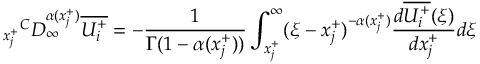
{ _ { x _ { j } ^ { + } } } ^ { C } D _ { \infty } ^ { \alpha ( x _ { j } ^ { + } ) } \overline { { U _ { i } ^ { + } } } = - \frac { 1 } { \Gamma ( 1 - \alpha ( x _ { j } ^ { + } ) ) } \int _ { x _ { j } ^ { + } } ^ { \infty } ( \xi - x _ { j } ^ { + } ) ^ { - \alpha ( x _ { j } ^ { + } ) } \frac { d \overline { { U _ { i } ^ { + } } } ( \xi ) } { d x _ { j } ^ { + } } d \xi